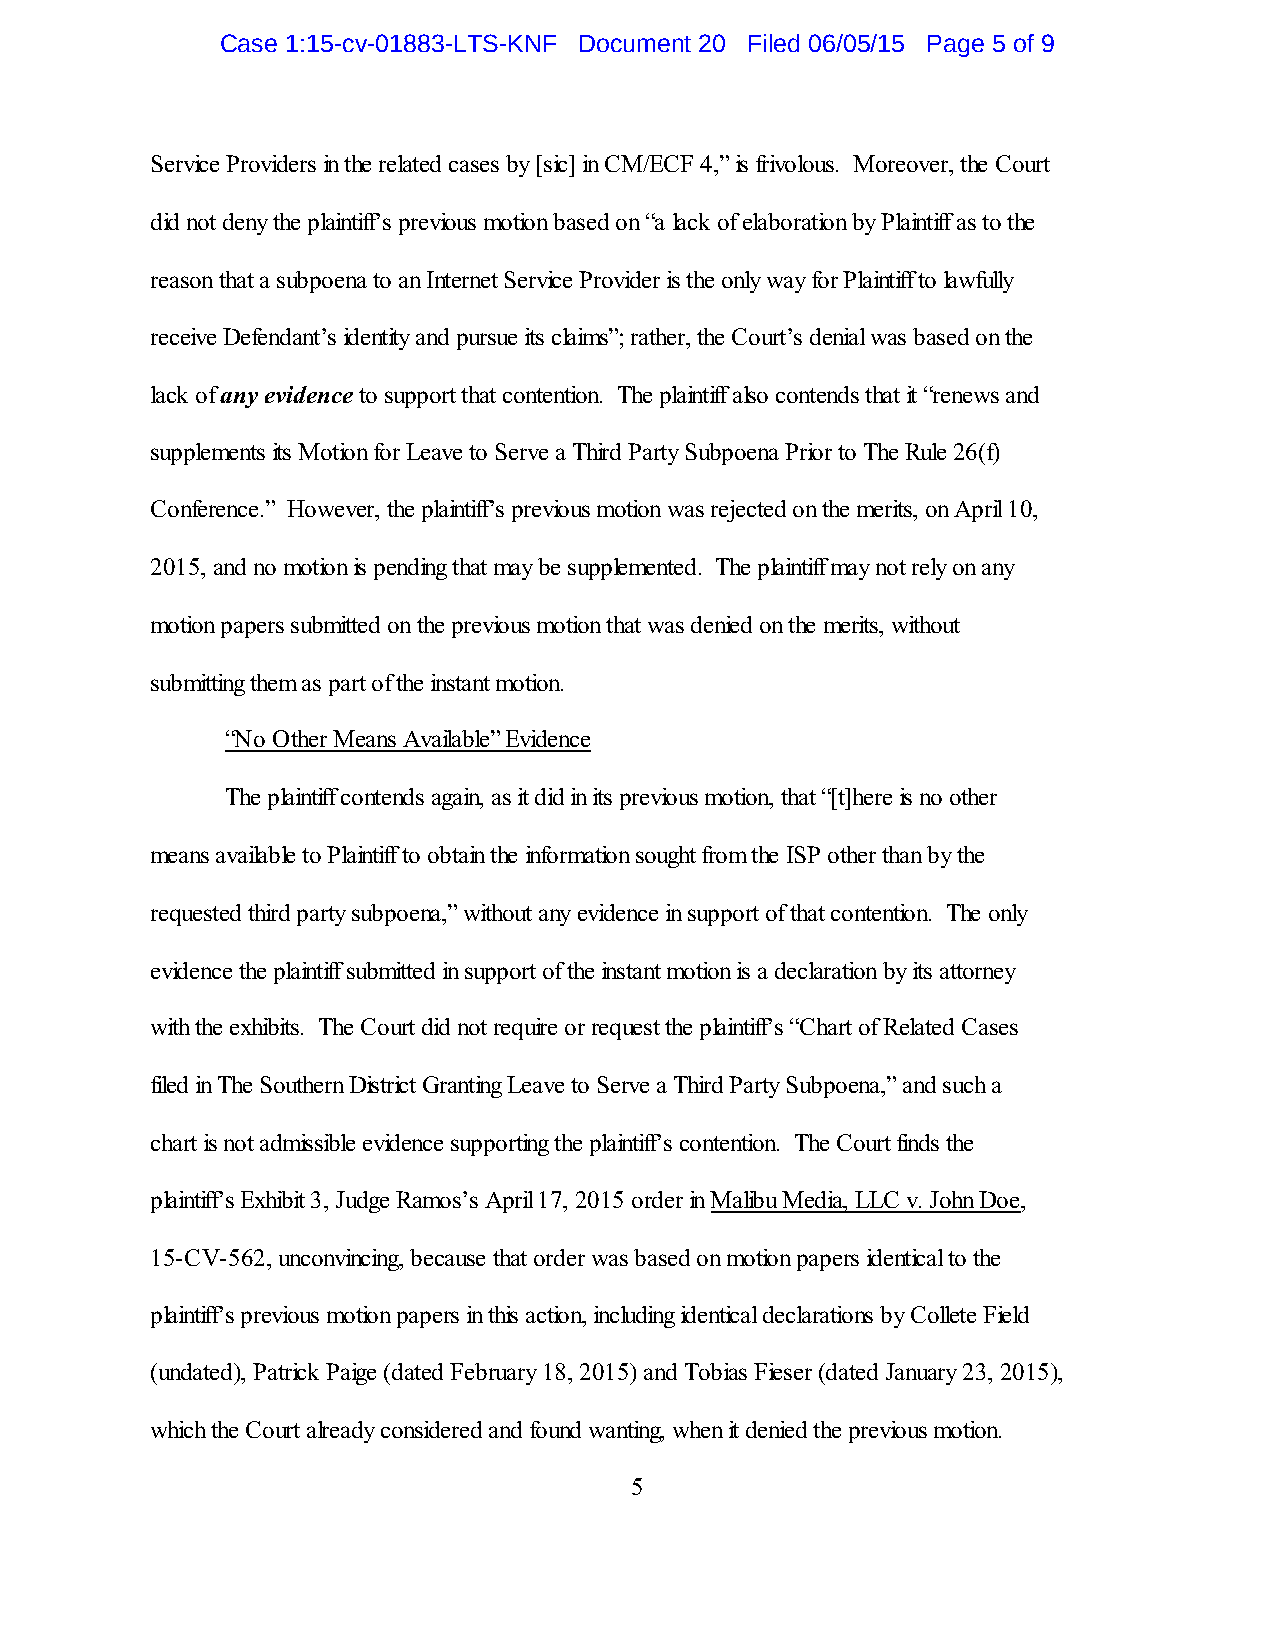
Case 1:15-cv-01883-LTS-KNF Document 20 Filed 06/05/15 Page 5 of 9
 Service Providers in the related cases by [sic] in CM/ECF 4,” is frivolous. Moreover, the Court
 did not deny the plaintiff’s previous motion based on “a lack of elaboration by Plaintiff as to the
 reason that a subpoena to an Internet Service Provider is the only way for Plaintiff to lawfully
 receive Defendant’s identity and pursue its claims”; rather, the Court’s denial was based on the
 lack of any evidence to support that contention. The plaintiff also contends that it “renews and
 supplements its Motion for Leave to Serve a Third Party Subpoena Prior to The Rule 26(f)
 Conference.” However, the plaintiff’s previous motion was rejected on the merits, on April 10,
 2015, and no motion is pending that may be supplemented. The plaintiff may not rely on any
 motion papers submitted on the previous motion that was denied on the merits, without
 submitting them as part of the instant motion.
 “No Other Means Available” Evidence
 The plaintiff contends again, as it did in its previous motion, that “[t]here is no other
 means available to Plaintiff to obtain the information sought from the ISP other than by the
 requested third party subpoena,” without any evidence in support of that contention. The only
 evidence the plaintiff submitted in support of the instant motion is a declaration by its attorney
 with the exhibits. The Court did not require or request the plaintiff’s “Chart of Related Cases
 filed in The Southern District Granting Leave to Serve a Third Party Subpoena,” and such a
 chart is not admissible evidence supporting the plaintiff’s contention. The Court finds the
 plaintiff’s Exhibit 3, Judge Ramos’s April 17, 2015 order in Malibu Media, LLC v. John Doe,
 15-CV-562, unconvincing, because that order was based on motion papers identical to the
 plaintiff’s previous motion papers in this action, including identical declarations by Collete Field
 (undated), Patrick Paige (dated February 18, 2015) and Tobias Fieser (dated January 23, 2015),
 which the Court already considered and found wanting, when it denied the previous motion.
 5